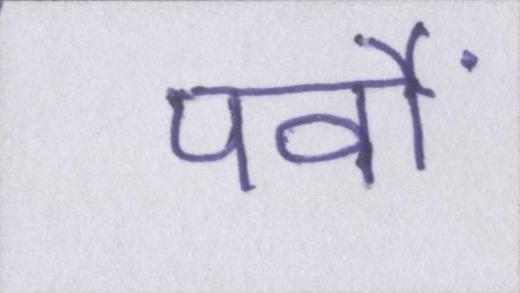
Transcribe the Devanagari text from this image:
पर्वों